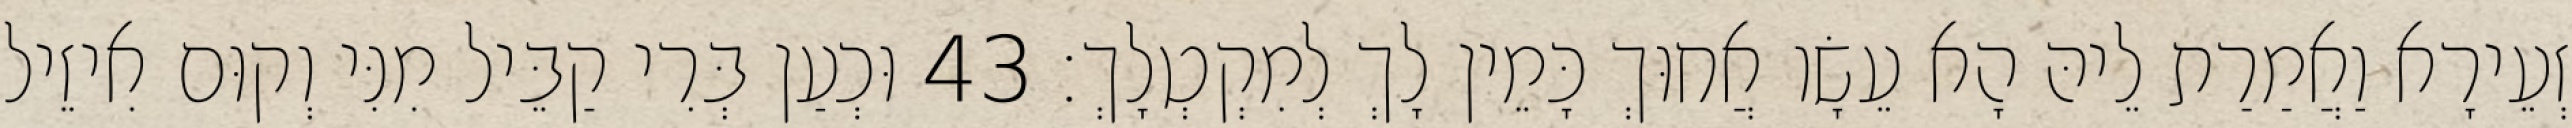
זְעֵירָא וַאֲמַרַת לֵיהּ הָא עֵשָׂו אֲחוּךְ כָּמֵין לָךְ לְמִקְטְלָךְ׃ 43 וּכְעַן בְּרִי קַבֵּיל מִנִּי וְקוּם אִיזֵיל